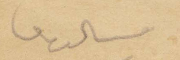
ميشال